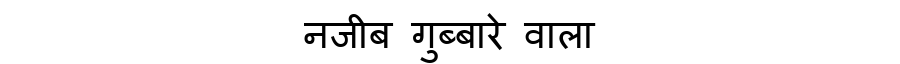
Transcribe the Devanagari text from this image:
नजीब गुब्बारे वाला